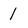
Character: 1